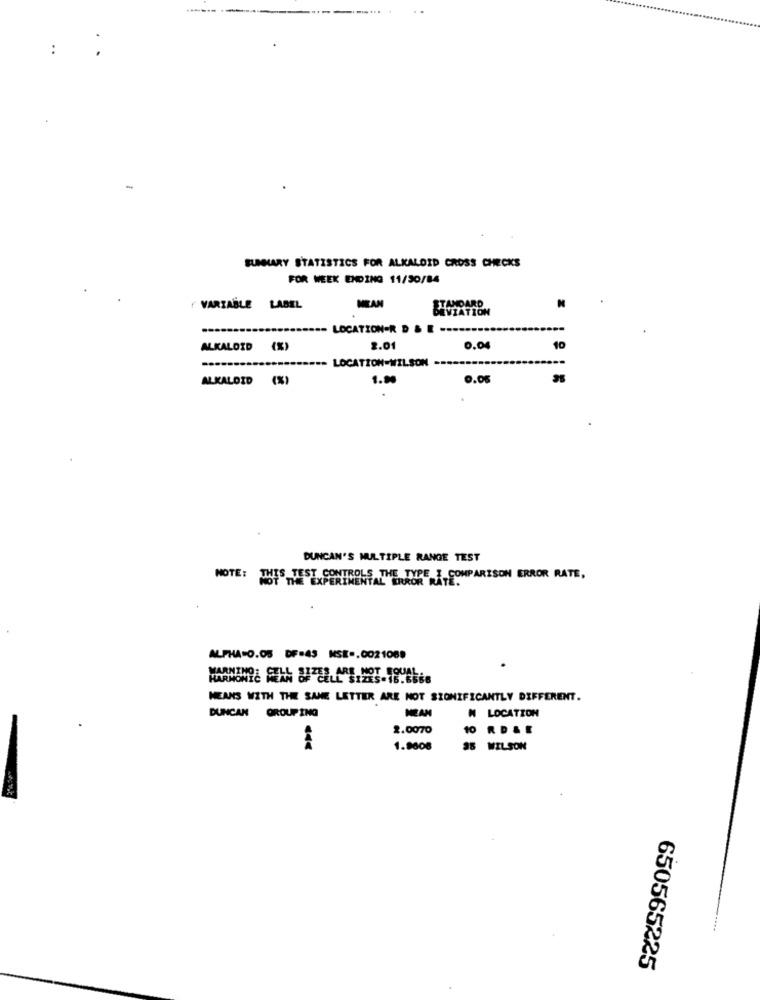
:
SUMMARY STATISTICS FOR ALKALOID CROSS CHECKS
FOR WEEK ENDING 11/30/84
VARIABLE
LABEL
MEAN
AVIATION
-- LOCATION=R D & E ...
ALKALOID (%)
2.01
0.0
10
-- LOCATION=WILSON
ALKALOID (%)
1.90
0.0
DUNCAN'S MULTIPLE RANGE TEST
NOTE: THIS TEST CONTROLS THE TYPE 3 COMPARISON ERROR RATE,
ALPHA=O.05 DF=43 KSE -. 0021089
MEANS WITH THE SANE LETTER ARE NOT SIONIFICANTLY DIFFERENT.
DUNCAN GROUPING
MEAN
N LOCATION
2.0070
10 RDSE
1.9606
35 WILSON
650565225